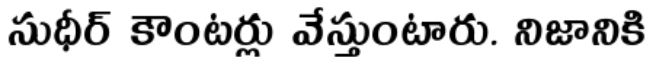
సుధీర్ కౌంటర్లు వేస్తుంటారు. నిజానికి